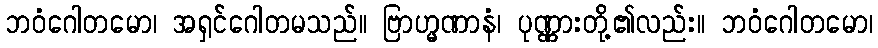
ဘဝံဂေါတမော၊ အရှင်ဂေါတမသည်။ ဗြာဟ္မဏာနံ၊ ပုဏ္ဏားတို့၏လည်း။ ဘဝံဂေါတမော၊